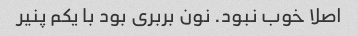
اصلا خوب نبود. نون بربری بود با یکم پنیر